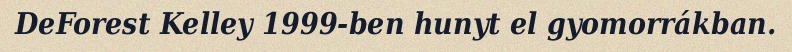
DeForest Kelley 1999-ben hunyt el gyomorrákban.